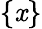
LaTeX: \{ \mathit{x}\}